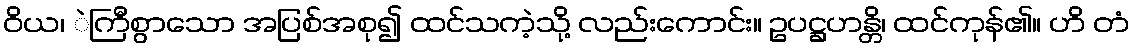
ဝိယ၊ ဲကြီစွာသော အပြစ်အစု၍ ထင်သကဲ့သို့ လည်းကောင်း။ ဥပဋ္ဌဟန္တိ၊ ထင်ကုန်၏။ ဟိ တံ